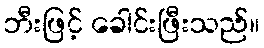
ဘီးဖြင့် ခေါင်းဖြီးသည်။